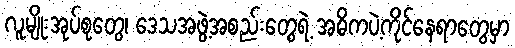
လူမျိုးအုပ်စုတွေ၊ ဒေသအဖွဲ့အစည်းတွေရဲ့ အဓိကပဲ့ကိုင်နေရာတွေမှာ